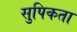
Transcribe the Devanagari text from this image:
सुपिकता